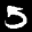
Label: 5